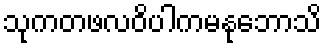
သုကတဖလဝိပါကမနုဘောသိ